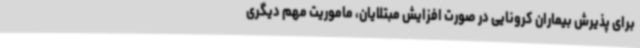
برای پذیرش بیماران کرونایی در صورت افزایش مبتلایان، ماموریت مهم دیگری